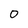
Character: 0